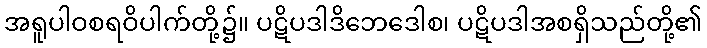
အရူပါဝစရဝိပါက်တို့၌။ ပဋိပဒါဒိဘေဒေါစ၊ ပဋိပဒါအစရှိသည်တို့၏